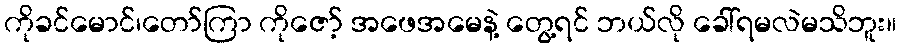
ကိုခင်မောင်၊တော်ကြာ ကိုဇော့် အဖေအမေနဲ့ တွေ့ရင် ဘယ်လို ခေါ်ရမလဲမသိဘူး။